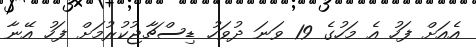
އެއަށް ފަހު އެ މަހުގެ 19 ވަނަ ދުވަހު ޑިސްޗާޖުކުރުމަށް ފަހު އޭނާ